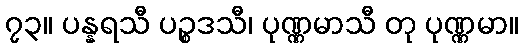
၇၃။ ပန္နရသီ ပဉ္စဒသီ၊ ပုဏ္ဏမာသီ တု ပုဏ္ဏမာ။